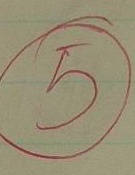
5